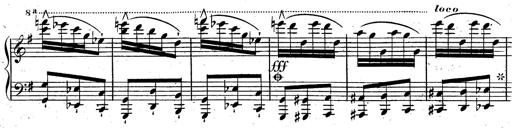
Title: Rondeau fantastique sur un thÃ¨me espagnol
Composer: Franz Liszt